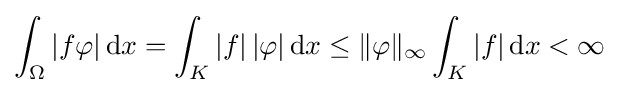
\int _{\Omega }|f\varphi |\,\mathrm {d} x=\int _{K}|f|\,|\varphi |\,\mathrm {d} x\leq \|\varphi \|_{\infty }\int _{K}|f|\,\mathrm {d} x<\infty